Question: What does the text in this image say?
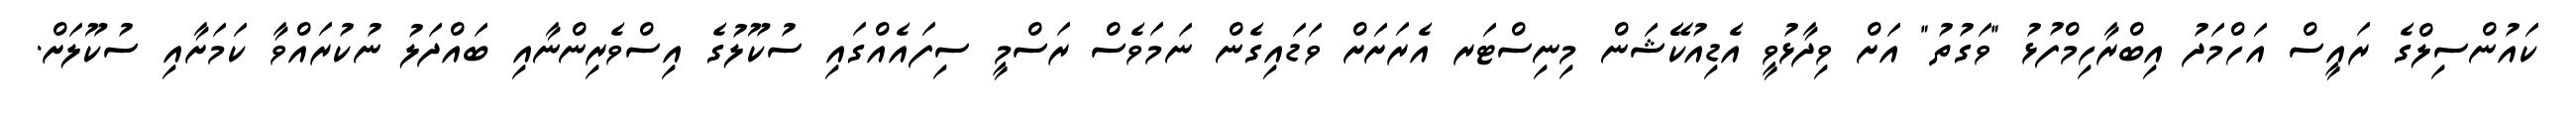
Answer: ކައުންސިލްގެ ރައީސް އަހްމަދު އިބްރާހިމްފުޅު "ވަގުތު" އަށް ވިދާޅުވީ އެޑިއުކޭޝަން މިނިސްޓަރ އެރަށަށް ވަޑައިގެން ނަމަވެސް ރަސްމީ ސިފައެއްގައި ސުކޫލުގެ އިސްވެރިންނާއި ބައްދަލު ނުކުރައްވާ ކަމަށާއި ސުކޫލަށް.